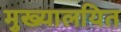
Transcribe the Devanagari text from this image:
मुख्यालयित